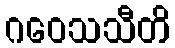
ဂဝေသသီတိ